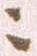
ニ